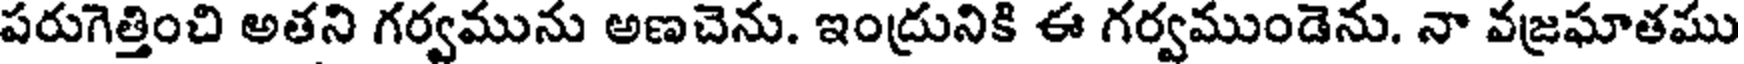
పరుగెత్తించి అతని గర్వమును అణచెను. ఇంద్రునికి ఈ గర్వముండెను. నా వజ్రఘాతము